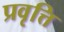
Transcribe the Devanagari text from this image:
प्रवृत्ति